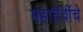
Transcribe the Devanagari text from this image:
महादेवींचे